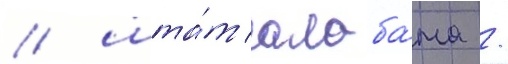
/ шта́т алаба́ма /